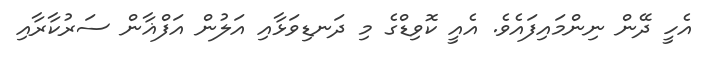
އެހީ ދޭން ނިންމައިފައެވެ. އެއީ ކޮވިޑްގެ މި ދަނޑިވަޅާއި އަލުން އަފްޣާން ސަރުކާރާއި